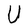
Character: U